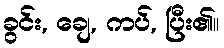
ခွင်း, ချေ, ကပ်, ပြီး၏။